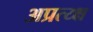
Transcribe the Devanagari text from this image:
अप्रत्य्क्ष